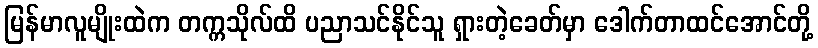
မြန်မာလူမျိုးထဲက တက္ကသိုလ်ထိ ပညာသင်နိုင်သူ ရှားတဲ့ခေတ်မှာ ဒေါက်တာထင်အောင်တို့